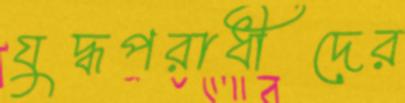
যুদ্ধপরাধীদের